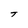
Character: T